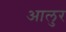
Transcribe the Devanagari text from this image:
आलुर